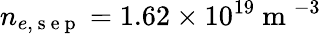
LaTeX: n_{e,\mathrm{~s~e~p~}}=1.62\times 10^{19}\mathrm{~m~}^{-3}